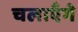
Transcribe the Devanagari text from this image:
चलाएँगे